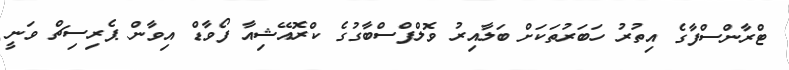
ޓްރާންސްފާގެ އިތުރު ހަބަރުތަކަށް ބަލާއިރު ވޮލްފްސްބާގުގެ ކްރޮއޭޝިއާ ފޯވާޑް އިވާން ޕެރިސިޗް ވަނީ